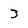
Character: 3